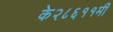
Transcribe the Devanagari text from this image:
के२८६११मी